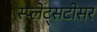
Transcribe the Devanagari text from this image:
स्प्लेट्सटोसर